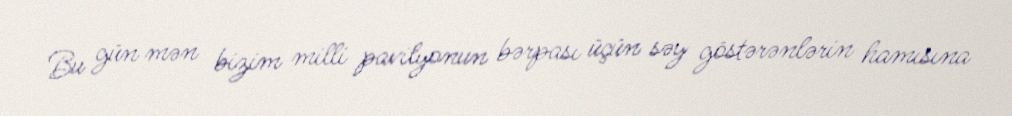
Bu gün mən bizim milli pavilyonun bərpası üçün səy göstərənlərin hamısına